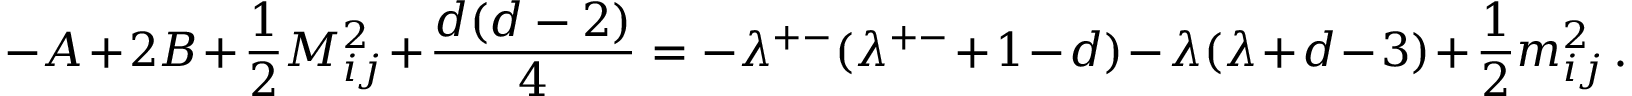
- A + 2 B + \frac { 1 } { 2 } M _ { i j } ^ { 2 } + \frac { d ( d - 2 ) } { 4 } = - \lambda ^ { + - } ( \lambda ^ { + - } + 1 - d ) - \lambda ( \lambda + d - 3 ) + \frac { 1 } { 2 } m _ { i j } ^ { 2 } \, .